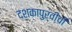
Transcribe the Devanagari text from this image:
दशकापुर्वीची